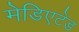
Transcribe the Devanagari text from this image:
मेडिएटेड